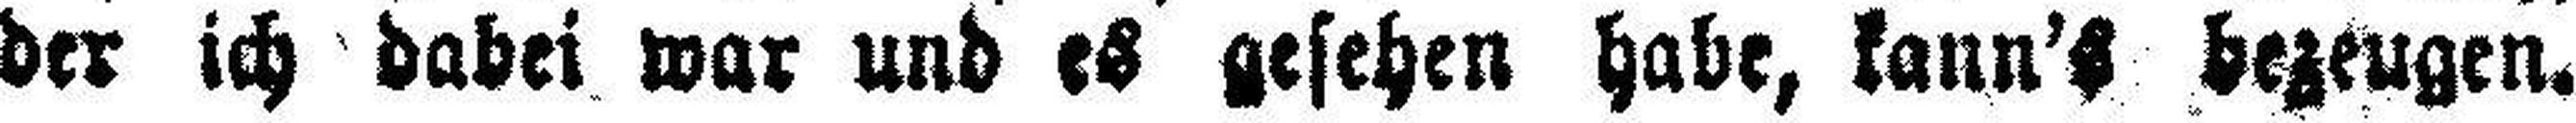
der ich dabei war und es gesehen habe, kann's bezeugen.